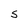
Character: S